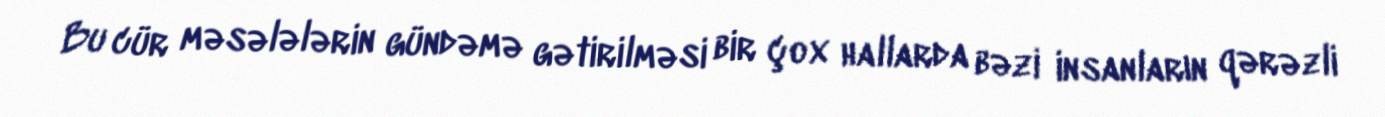
Bu cür məsələlərin gündəmə gətirilməsi bir çox hallarda bəzi insanların qərəzli